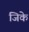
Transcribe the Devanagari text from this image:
जिके